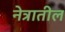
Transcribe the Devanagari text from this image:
नेत्रातील